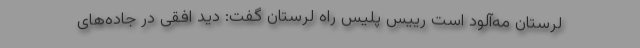
لرستان مه‌آلود است رییس پلیس راه لرستان گفت: دید افقی در جاده‌های